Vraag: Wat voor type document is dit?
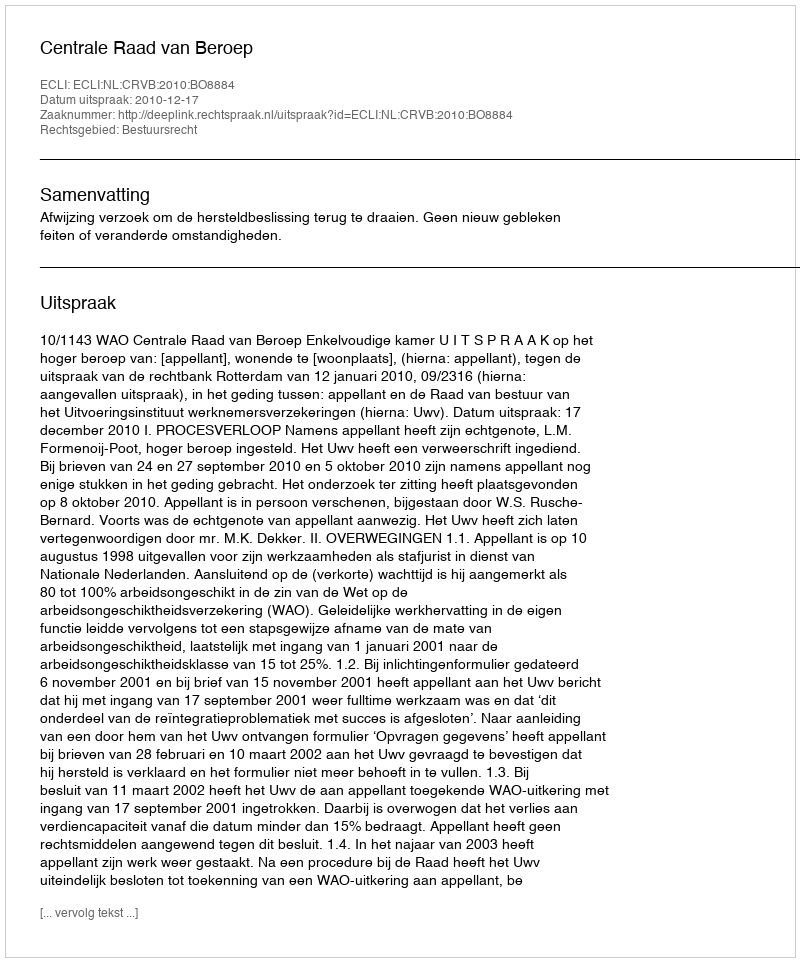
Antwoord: Uitspraak